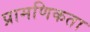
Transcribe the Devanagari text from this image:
प्रामणिकता